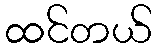
ထင်တယ်